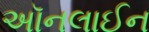
અૉનલાઈન